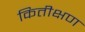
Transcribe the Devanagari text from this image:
कितीक्षण